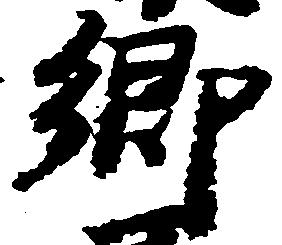
郷